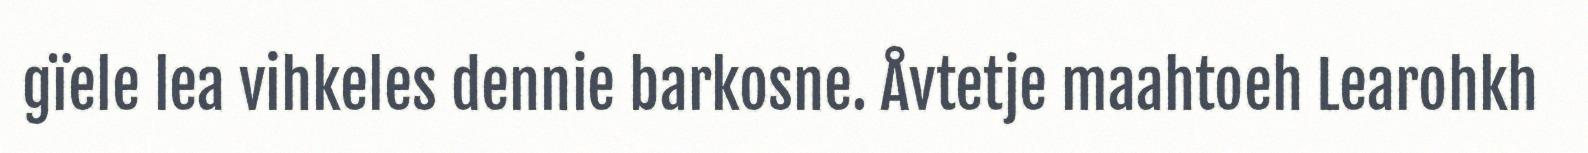
gïele lea vihkeles dennie barkosne. Åvtetje maahtoeh Learohkh